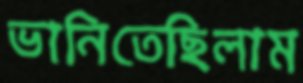
ভানিতেছিলাম